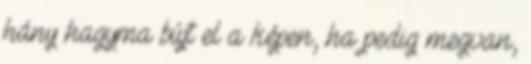
hány hagyma bújt el a képen, ha pedig megvan,